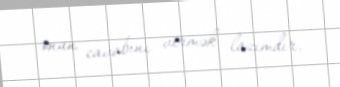
onun cavabını vermək lazımdır.